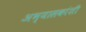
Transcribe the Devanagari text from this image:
अभ्यासकांशी